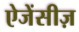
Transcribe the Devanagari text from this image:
ऐजेंसीज़